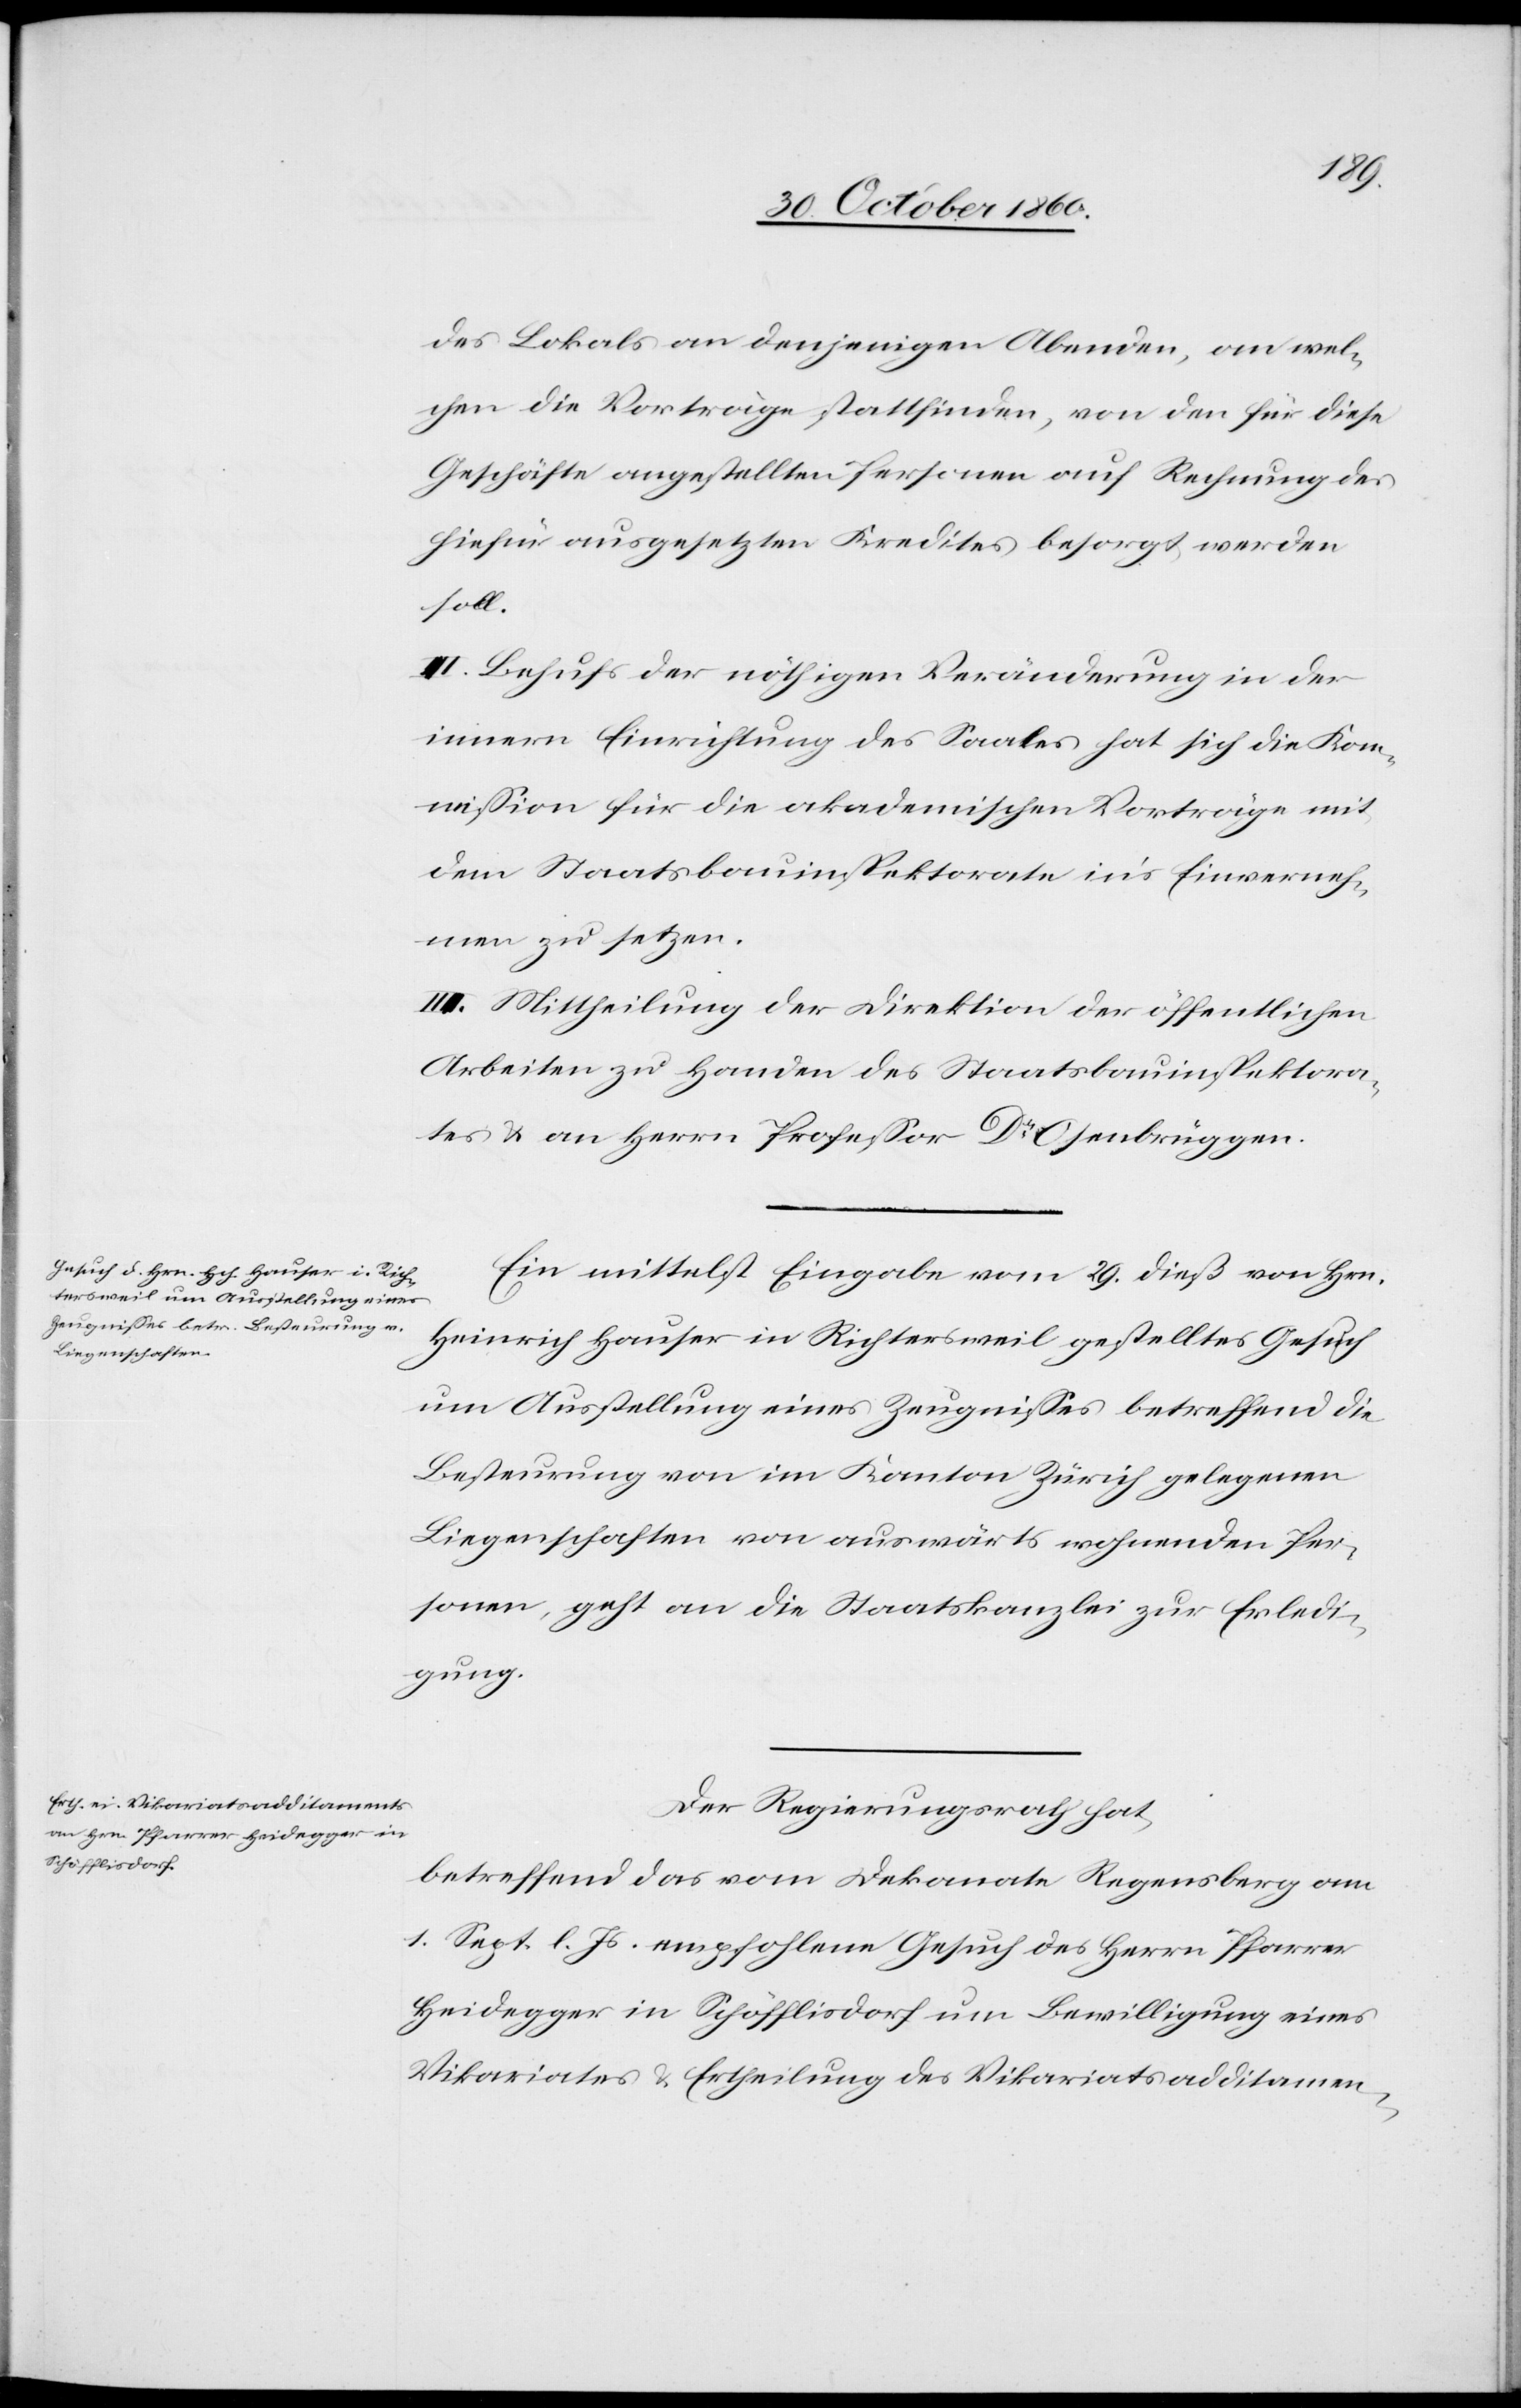
des Lokals an denjenigen Abenden, an wel¬
chen die Vorträge stattfinden, von den für diese
Geschäfte angestellten Personen auf Rechnung des
hiefür ausgesetzten Kredites besorgt werden
soll.
II. Behufs der nöthigen Veränderung in der
innern Einrichtung des Saales hat sich die Kom¬
mission für die akademischen Vorträge mit
dem Staatsbauinspektorate in’s Einverneh¬
men zu setzen.
III. Mittheilung der Direktion der öffentlichen
Arbeiten zu Handen des Staatsbauinspektora¬
tes u. an Herrn Professor Dr Osenbrüggen.
Ein mittelst Eingabe vom 29. dieß von Hrn.
Heinrich Hauser in Richtersweil gestelltes Gesuch
um Ausstellung eines Zeugnisses betreffend die
Besteurung von im Kanton Zürich gelegenen
Liegenschaften von auswärts wohnenden Per¬
sonen, geht an die Staatskanzlei zur Erledi¬
gung.
Der Regierungsrath hat,
betreffend das vom Dekanate Regensberg am
1. Sept. l. Js. empfohlene Gesuch des Herrn Pfarrer
Heidegger in Schöfflisdorf um Bewilligung eines
Vikariates u. Ertheilung des Vikariatsadditamen-